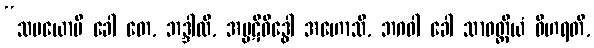
“သမယောပိ ခေါ တေ, ဘဒ္ဒါလိ, အပ္ပဋိဝိဒ္ဓေါ အဟောသိ, ဘဂဝါ ခေါ သာဝတ္ထိယံ ဝိဟရတိ,